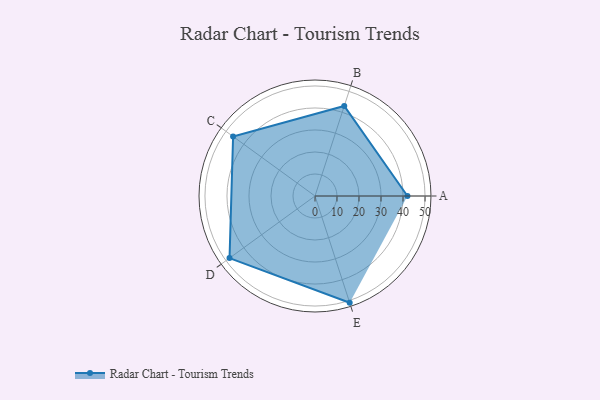
{"axis": {"x": "Skill", "y": "Score"}, "legend": ["Profile"], "data": [{"x": "A", "y": 42.0, "type": "Profile"}, {"x": "B", "y": 43.0, "type": "Profile"}, {"x": "C", "y": 46.0, "type": "Profile"}, {"x": "D", "y": 48.0, "type": "Profile"}, {"x": "E", "y": 51.0, "type": "Profile"}]}